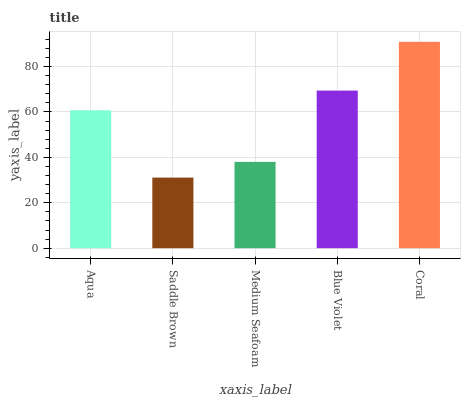
| xaxis_label | bars |
 | --- | --- |
 | Aqua | 60.8 |
 | Saddle Brown | 31.1 |
 | Medium Seafoam | 38 |
 | Blue Violet | 69.4 |
 | Coral | 90.9 |